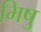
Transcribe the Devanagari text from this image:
मिषु